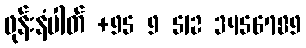
ဖုန်းနံပါတ် +95 9 512 3456789